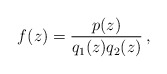
\begin{align*} f(z)=\frac{p(z)}{q_1(z)q_2(z)}\, , \end{align*}